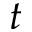
t